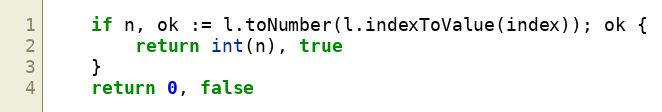
Language: Go
	if n, ok := l.toNumber(l.indexToValue(index)); ok {
		return int(n), true
	}
	return 0, false